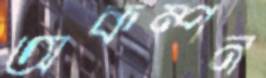
অকম্পন